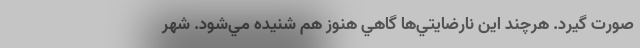
صورت گيرد. هرچند اين نارضايتي‌‌ها گاهي هنوز هم شنيده مي‌شود. شهر